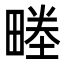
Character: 畻